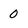
Character: 0